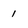
Character: 1